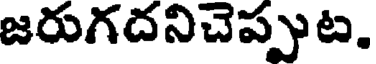
జరుగదనిచెప్పుట.